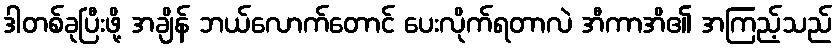
ဒါတစ်ခုပြီးဖို့ အချိန် ဘယ်လောက်တောင် ပေးလိုက်ရတာလဲ အီကာအိ၏ အကြည့်သည်